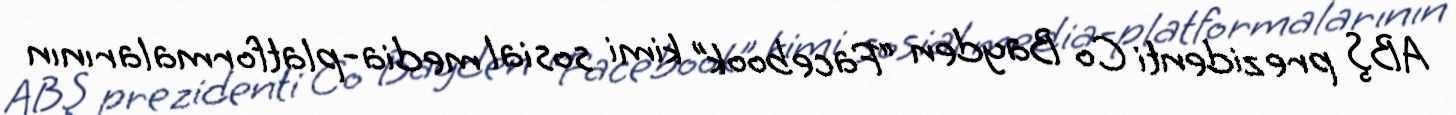
ABŞ prezidenti Co Bayden “Facebook” kimi sosial media-platformalarının